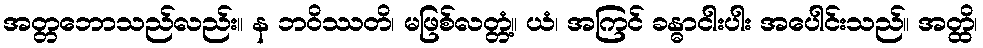
အတ္တဘောသည်လည်း။ န ဘဝိဿတိ၊ မဖြစ်လတ္တံ့။ ယံ၊ အကြင် ခန္ဓာငါးပါး အပေါင်းသည်။ အတ္ထိ၊